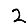
Digit: 2